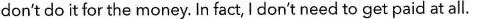
don't do it for the money. In fact, I don't need to get paid at all.